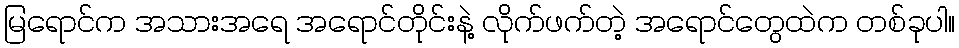
မြရောင်က အသားအရေ အရောင်တိုင်းနဲ့ လိုက်ဖက်တဲ့ အရောင်တွေထဲက တစ်ခုပါ။